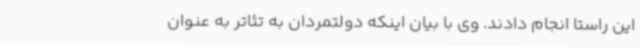
این راستا انجام دادند. وی با بیان اینکه دولتمردان به تئاتر به عنوان